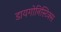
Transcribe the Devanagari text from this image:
डायगोनिस्टिक्‍स